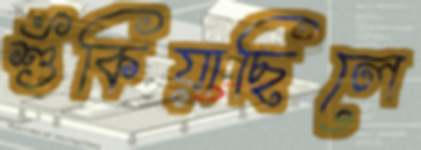
শুঁকিয়াছিলে